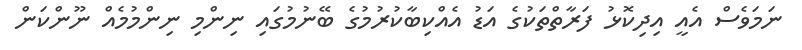
ނަމަވެސް އެއީ އިދިކޮޅު ފަރާތްތަކުގެ އަޑު އެއްކިބާކުރުމުގެ ބޭނުމުގައި ނިންމި ނިންމުމެއް ނޫންކަން